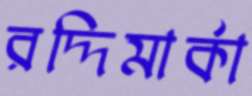
রদ্দিমার্কা